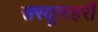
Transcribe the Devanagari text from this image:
सरयूलहरी